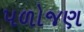
પળોજણ